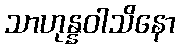
သာဟုန္နဝါသိနော